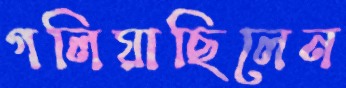
গলিয়াছিলেন